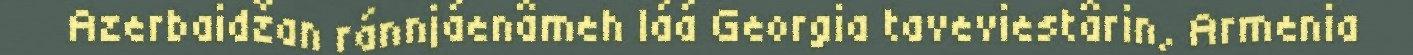
Azerbaidžan ránnjáenâmeh láá Georgia taveviestârin, Armenia